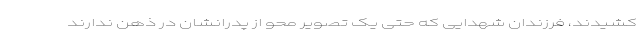
کشیدند، فرزندان شهدایی که حتی یک تصویر محو از پدرانشان در ذهن ندارند